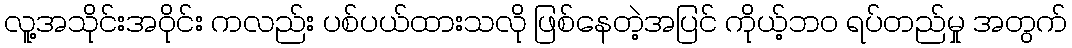
လူ့အသိုင်းအဝိုင်း ကလည်း ပစ်ပယ်ထားသလို ဖြစ်နေတဲ့အပြင် ကိုယ့်ဘဝ ရပ်တည်မှု အတွက်